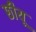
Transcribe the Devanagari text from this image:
छीयू